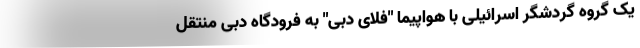
یک گروه گردشگر اسرائیلی با هواپیما "فلای دبی" به فرودگاه دبی منتقل